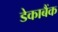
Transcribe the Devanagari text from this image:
डेकाबैंक